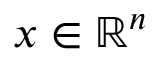
x \in \mathbb { R } ^ { n }